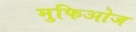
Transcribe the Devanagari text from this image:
मुफिओज